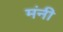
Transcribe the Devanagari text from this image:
मंनी